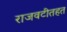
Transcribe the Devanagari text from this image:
राजवटीतहत